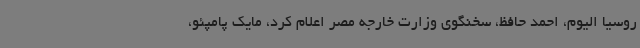
روسیا الیوم، احمد حافظ، سخنگوی وزارت خارجه مصر اعلام کرد، مایک پامپئو،